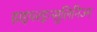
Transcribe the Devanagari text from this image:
हाइपरइन्सुलिनिज्म